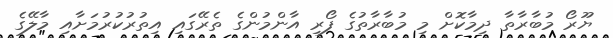
ޔޫރޯ މުބާރާތާ ދިމާކޮށް މި މުބާރާތުގެ ފޯރި އާންމުންގެ ތެރޭގައި އިތުރުކުރުމަށާއި މާލޭގެ